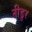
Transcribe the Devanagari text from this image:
नीडूर